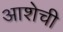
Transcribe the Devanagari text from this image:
आशेची